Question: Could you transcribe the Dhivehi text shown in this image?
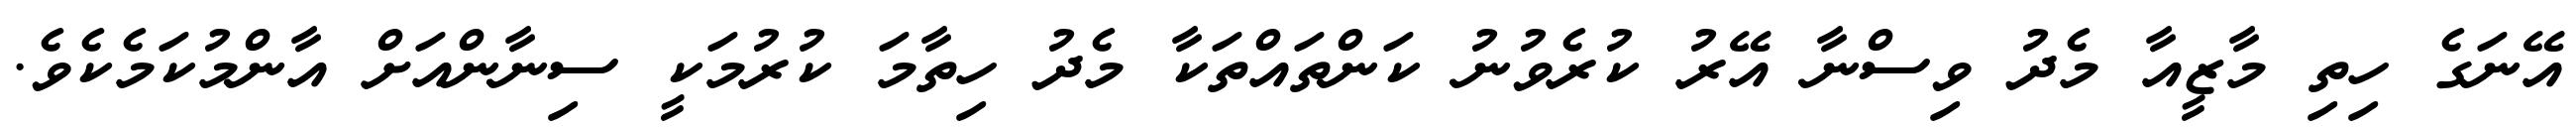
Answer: އޭނަގެ ހިތި މާޒީއާ މެދު ވިސްނާ އޭރު ކުރެވުނު ކަންތައްތަކާ މެދު ހިތާމަ ކުރުމަކީ ސިނާންއަށް އާންމުކަމެކެވެ.